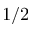
1 / 2